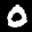
Label: 0